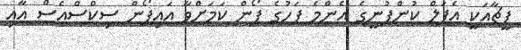
ފީޗާއަކީ އެޕަލް ކުންފުނީގެ އެންމެ ފަހުގެ ފޯން ކަމަށްވާ އައިފޯން ސިކްސްއެސް އާއި